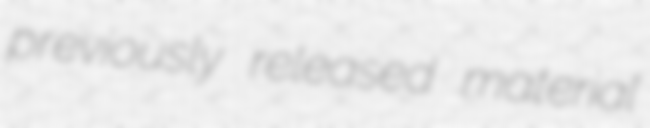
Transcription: previously released material